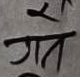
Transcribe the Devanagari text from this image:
गर्न